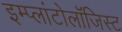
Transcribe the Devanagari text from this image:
इम्प्लांटोलॉजिस्ट